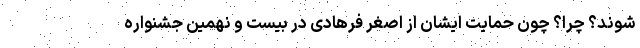
شوند؟ چرا؟ چون حمایت ایشان از اصغر فرهادی در بیست و نهمین جشنواره